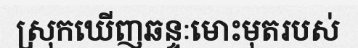
ស្រុកឃើញឆន្ទៈមោះមុតរបស់